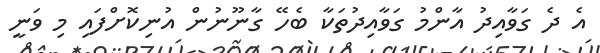
އެ ދެ ގަވާއިދު އާންމު ގަވާއިދުތަކާ ބެހޭ ގާނޫނުން އުނިކޮށްފައި މި ވަނީ